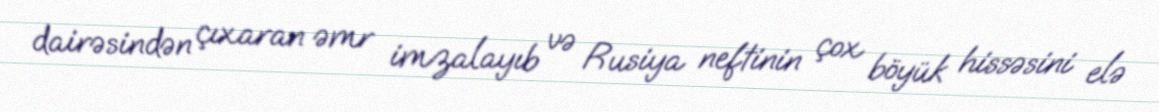
dairəsindən çıxaran əmr imzalayıb və Rusiya neftinin çox böyük hissəsini elə